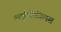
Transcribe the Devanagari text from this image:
शाईजोसिलस